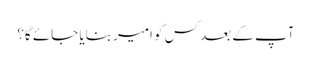
آپ کے بعد کس کو امیر بنایا جائے گا؟